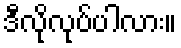
ဒီလိုလုပ်ပါလား။